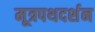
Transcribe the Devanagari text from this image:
मूत्रपथदर्शन